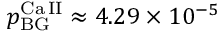
p _ { \mathrm { B G } } ^ { \mathrm { C a \, I I } } \approx 4 . 2 9 \times 1 0 ^ { - 5 }